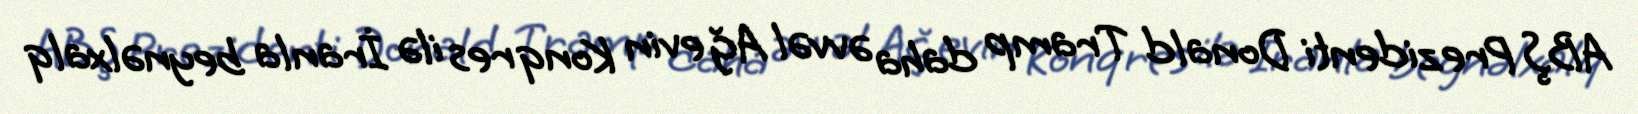
ABŞ Prezidenti Donald Tramp daha əvvəl Ağ evin Konqres ilə İranla beynəlxalq